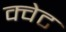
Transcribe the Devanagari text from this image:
क्वेट